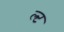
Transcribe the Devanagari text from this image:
ल्ट